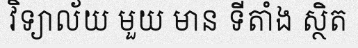
វិទ្យាល័យ មួយ មាន ទីតាំង ស្ថិត